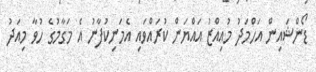
ޑޯންޝައިން އަހްމަދު މުއިއްޒު އައްޔަން ކުރައްވައި އެމަނިކުފާނު އެ މަގާމުގެ ހުވާ މިއަދު